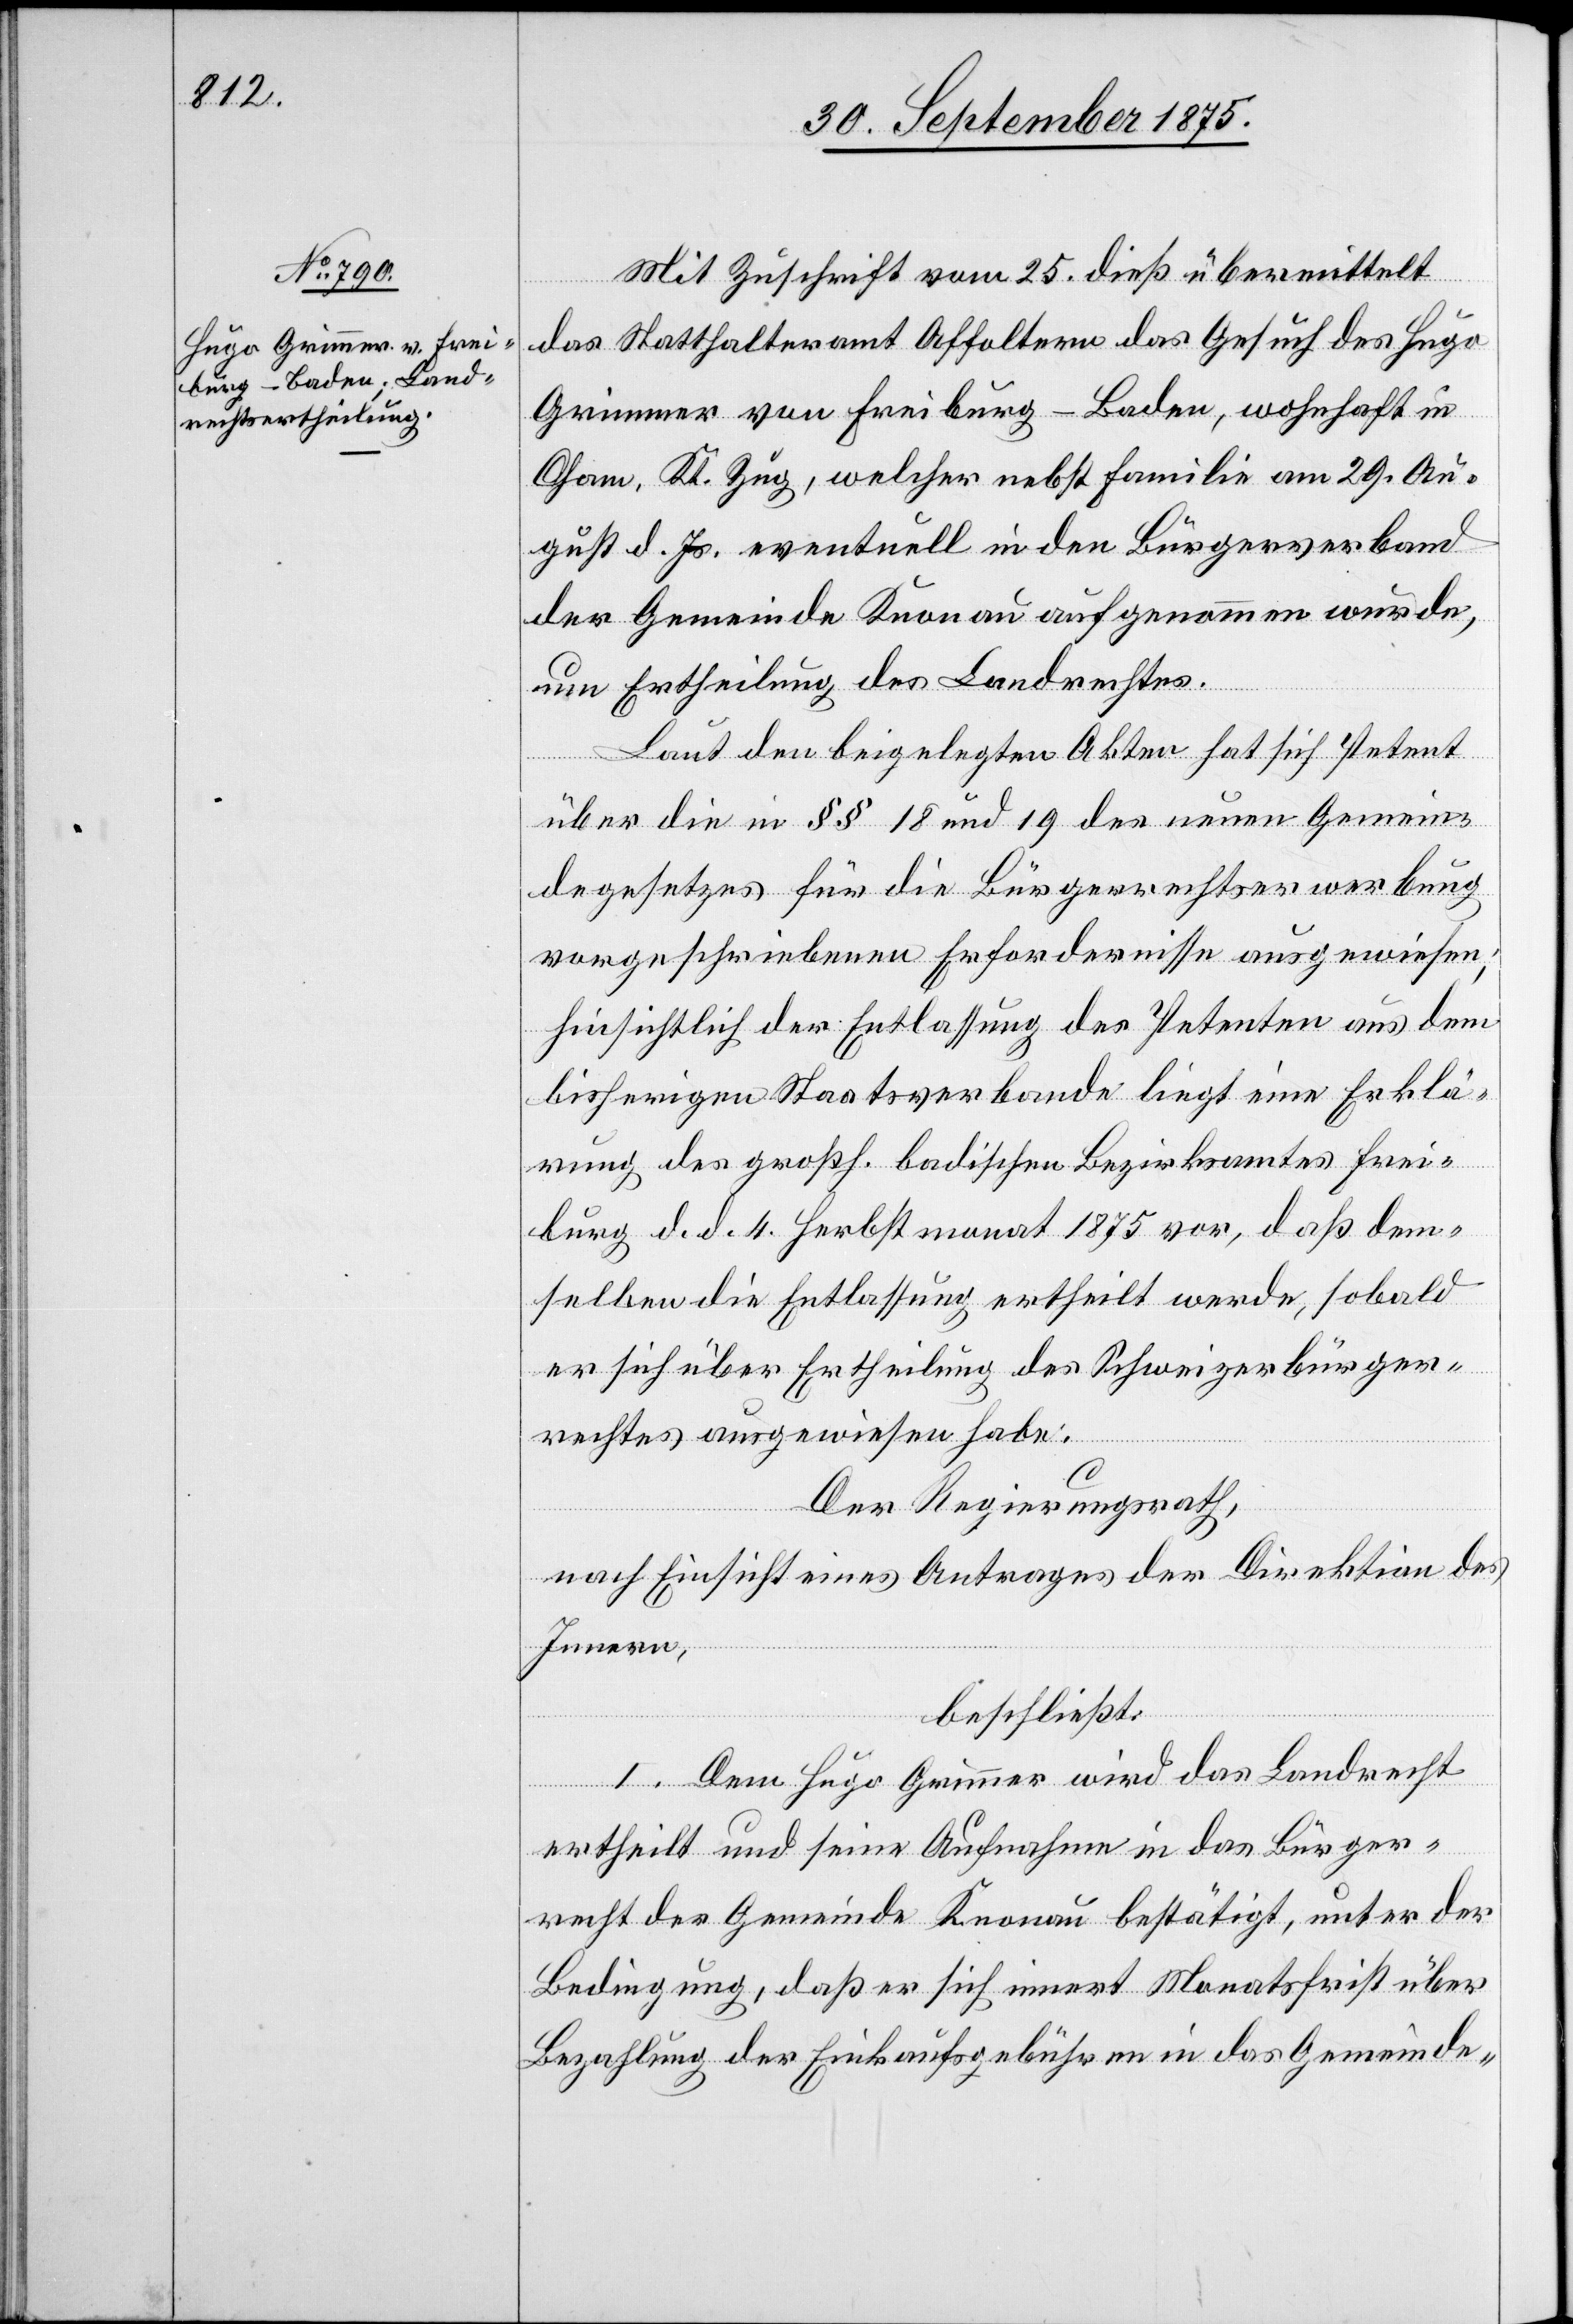
Mit Zuschrift vom 25. dieß. übermittelt
das Statthalteramt Affoltern das Gesuch des Hugo
Grimmer von Freiburg - Baden, wohnhaft in
Cham, Kt. Zug, welcher nebst Familie am 29. Au¬
gust d. Js. eventuell in den Bürgerverband
der Gemeinde Knonau aufgenommen wurde,
um Ertheilung des Landrechtes.
Laut den beigelegten Akten hat sich Petent
über die in §§ 18 und 19 des neuen Gemein¬
degesetzes für die Bürgerrechtserwerbung
vorgeschriebenen Erfordernisse ausgewiesen;
hinsichtlich der Entlassung des Petenten aus dem
bisherigen Staatsverbande liegt eine Erklä¬
rung des großh. badischen Bezirksamtes Frei¬
burg d. d. 4. Herbstmonat 1875 vor, daß dem¬
selben die Entlassung ertheilt werde, sobald
er sich über Ertheilung des Schweizerbürger¬
rechtes ausgewiesen habe.
Der Regierungsrath,
nach Einsicht eines Antrages der Direktion des
Innern,
beschließt:
I. Dem Hugo Grimmer wird das Landrecht
ertheilt und seine Aufnahme in das Bürger¬
recht der Gemeinde Knonau bestätigt, unter der
Bedingung, daß er sich innert Monatsfrist über
Bezahlung der Einkaufsgebühren in das Gemeinde-